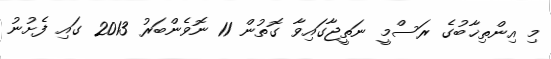
މި އިންތިޚާބުގެ ރަސްމީ ނަތީޖާގައިވާ ގޮތުން 11 ނޮވެންބަރު 2013 ގައި ފެށުނު